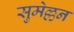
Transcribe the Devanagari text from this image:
सुमेल्लन